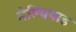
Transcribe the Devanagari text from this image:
मेल्चियाड